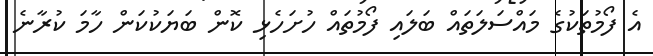
އެ ފޯމުތަކުގެ މައްސަލަތައް ބަލައި ފޯމުތައް ހުށަހެޅި ކޮން ބަޔަކުކަން ހާމަ ކުރާނެ